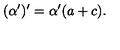
( \alpha ^ { \prime } ) ^ { \prime } = \alpha ^ { \prime } ( a + c ) .